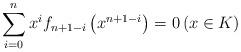
LaTeX: \begin{align*} \sum_{i=0}^{n}x^{i}f_{n+1-i}\left(x^{n+1-i}\right)=0 \left(x\in K\right) \end{align*}